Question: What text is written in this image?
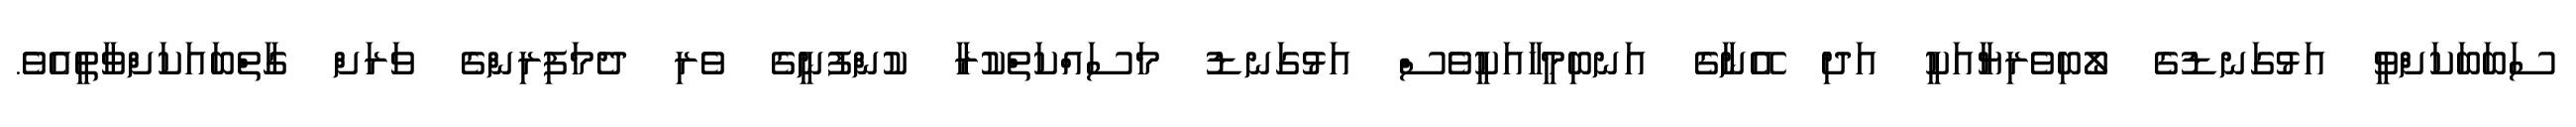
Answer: ސަބަބަކަށްވީ އަޅުގަނޑުގެ ލޯބިވެރިޔާއަކީ އަދި އޭނާގެ އަނބިމީހާއަކީވެސް އަޅުގަނޑު މަސައްކަތްކުރާ ކުންފުނީގެ ވެރި ދެމަފިރިންގެ ވަރަށް ގާތްބައަކަށްވާތީއެވެ.